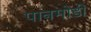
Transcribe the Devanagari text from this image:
पानमोडी